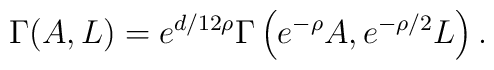
\Gamma(A,L)={e^{d/12\rho}}\Gamma\left({e^{-\rho}}A,{e^{-\rho/2}}L\right).